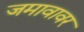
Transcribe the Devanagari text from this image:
जमावावर